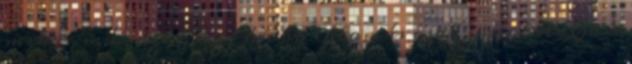
mikor már azt hiszi újabb látomás csak, megtalálja a